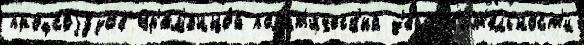
профсоjу́зов Вр'ем'енно́й пол'ит'и́ческ'ий д'ейств'и́т'ельност'и